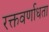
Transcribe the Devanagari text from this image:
रक्तवर्णाधता